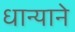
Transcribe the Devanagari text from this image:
धान्याने